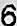
6